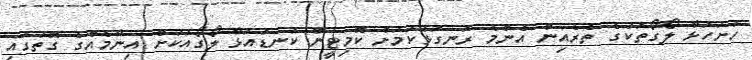
ހުށަހަޅާ ލޯގޯތަކުގެ ތެރެއިން އެންމެ ރަނގަޅުކަމަށް ކޮމިޓީން ކަނޑައަޅާ ލޯގޯއަކަށް އިނާމެއްގެ ގޮތުގައި